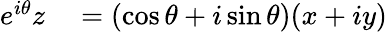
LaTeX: \begin{array}{rl}{e^{i\theta}z}&{{}=(\cos\theta+i\sin\theta)(x+iy)}\end{array}